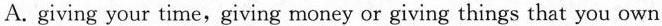
A. giving your time, giving money or giving things that you own